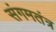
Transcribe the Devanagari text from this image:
संगमतंत्र